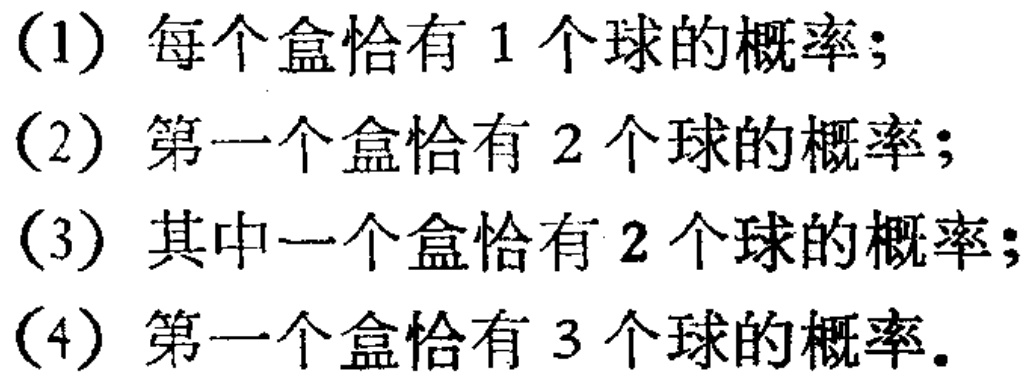
(1) 每个盒恰有 1 个球的概率;
(2) 第一个盒恰有 2 个球的概率;
(3) 其中一个盒恰有 2 个球的概率;
(4) 第一个盒恰有 3 个球的概率.